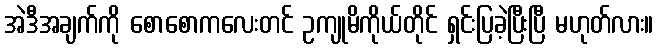
အဲဒီအချက်ကို စောစောကလေးတင် ဥကျုမိကိုယ်တိုင် ရှင်းပြခဲ့ပြီးပြီ မဟုတ်လား။